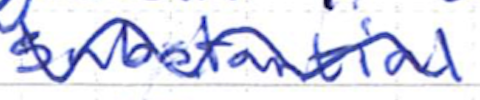
Text: substantial
Cross-out: wave
Writing tool: ballpoint